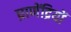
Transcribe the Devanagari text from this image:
घ्राणेंद्रियों